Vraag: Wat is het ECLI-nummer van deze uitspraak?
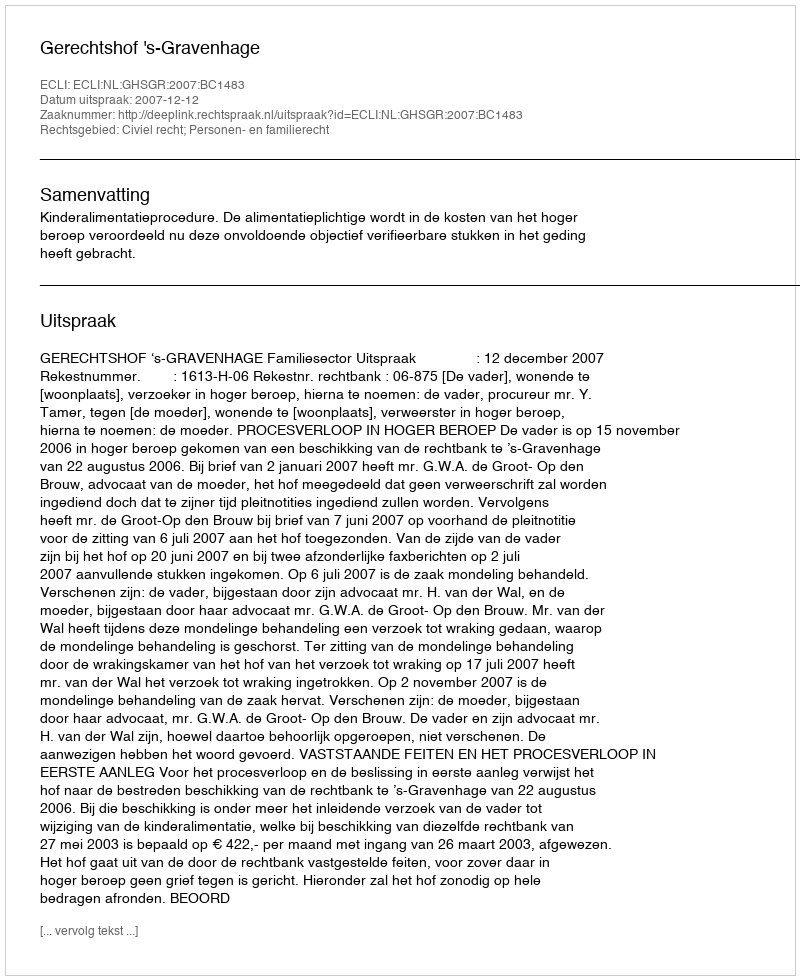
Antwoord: ECLI:NL:GHSGR:2007:BC1483